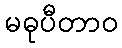
မဓုပီတာဝ